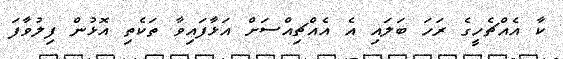
ކާ އެއްޗެހީގެ ރަހަ ބަލައި އެ އެއްޗިއްސަށް އަޅާފައިވާ ތަކެތި އޮޅުން ފިލުވާފަ